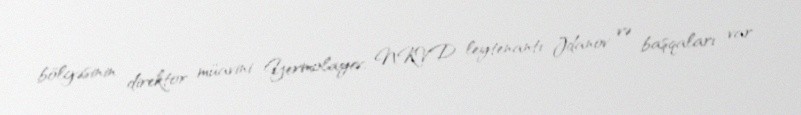
bölgəsinin direktor müavini Yermolayev, NKVD leytenantı Jdanov və başqaları var